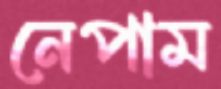
নেপাম